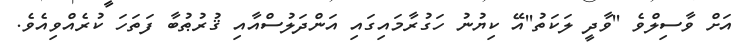
އަށް ވާސިލްވެ ''ވާދީ ލަކަތު''އޭ ކިޔުނު ހަގުރާމައިގައި އަންދަލުސްއާއި ޤުރުޠުބާ ފަތަހަ ކުރެއްވިއެވެ.